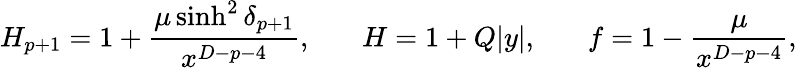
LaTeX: H_{p+1}=1+{\frac{\mu\sinh^{2}\delta_{p+1}}{x^{D-p-4}}},\ \ \ \ \ \ \ H=1+Q|y|,\ \ \ \ \ \ \ f=1-{\frac{\mu}{x^{D-p-4}}},